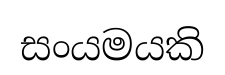
සංයමයකි